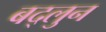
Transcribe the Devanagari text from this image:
बद्लुन